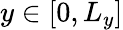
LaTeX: y\in[0,L_{y}]